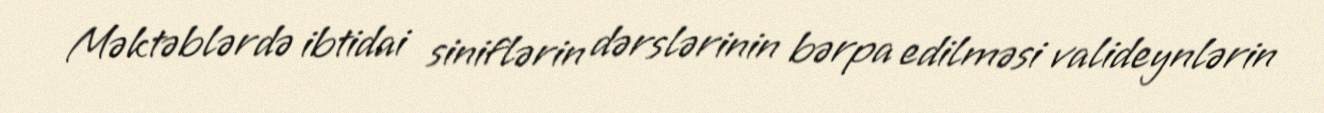
Məktəblərdə ibtidai siniflərin dərslərinin bərpa edilməsi valideynlərin